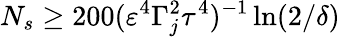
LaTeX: N_{s}\geq 200(\varepsilon^{4}\Gamma_{j}^{2}\tau^{4})^{-1}\ln(2/\delta)